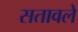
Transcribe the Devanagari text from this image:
सतावले